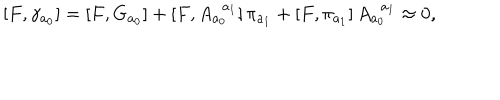
LaTeX: \left[ F , \gamma _ { a _ { 0 } } \right] = \left[ F , G _ { a _ { 0 } } \right] + \left[ F , A _ { a _ { 0 } } ^ { \; \; a _ { 1 } } \right] \pi _ { a _ { 1 } } + \left[ F , \pi _ { a _ { 1 } } \right] A _ { a _ { 0 } } ^ { \; \; a _ { 1 } } \approx 0 ,